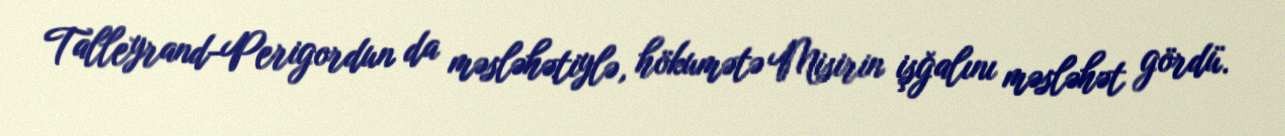
Talleyrand-Perigordun da məsləhətiylə, hökumətə Misirin işğalını məsləhət gördü.